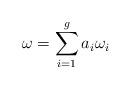
LaTeX: \begin{align*}\omega= \sum_{i=1}^g a_i \omega_i\end{align*}